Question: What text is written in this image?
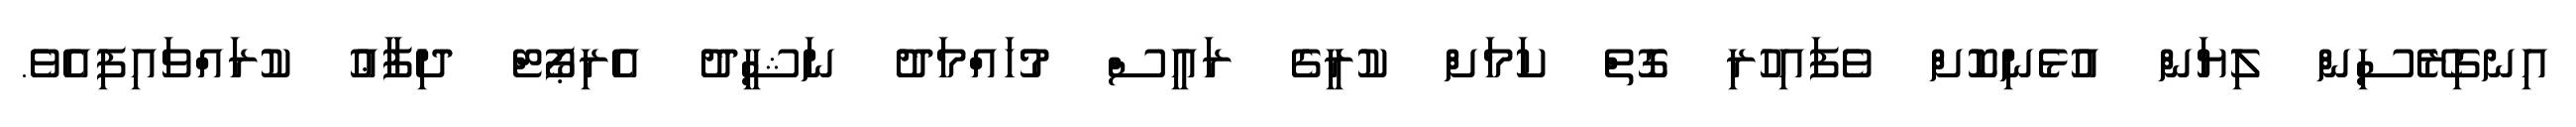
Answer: އިނގިރޭސިން ލިޔަން އުޅެނިކޮށް ވެފައިހުރި ގޮތް ކަމަށް ކުރީގެ ރައީސް މުހައްމަދު ނަޝީދު އެރިޕޯޓް ދިފާޢު ކުރައްވައިފިއެވެ.